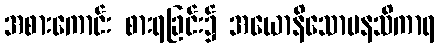
အစားကောင်း စားရခြင်း၌ အယောနိသောမနသိကာရ